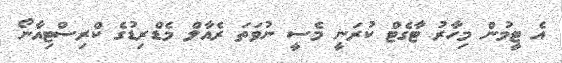
އެ ޓީމުން މިހާރު ޓާގެޓް ކުރަނީ މެސީ ނުވަތަ ރެއާލް މެޑްރިޑުގެ ކްރިސްޓިއާނޯ